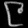
Digit: ၉